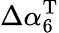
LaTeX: \Delta\alpha_{6}^{\mathrm{T}}